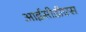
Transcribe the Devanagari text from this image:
आईसीडीएस